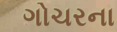
ગોચરના